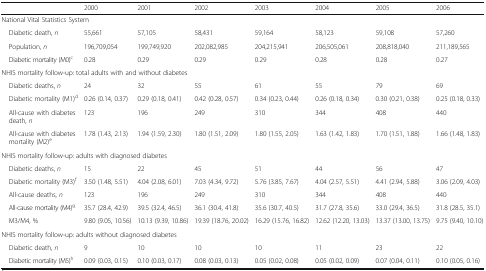
<table><thead><tr><td></td><td><b>2000</b></td><td><b>2001</b></td><td><b>2002</b></td><td><b>2003</b></td><td><b>2004</b></td><td><b>2005</b></td><td><b>2006</b></td></tr></thead><tbody><tr><td colspan="8">National Vital Statistics System</td></tr><tr><td> Diabetic death, <i>n</i></td><td>55,661</td><td>57,105</td><td>58,431</td><td>59,164</td><td>58,123</td><td>59,108</td><td>57,260</td></tr><tr><td> Population, <i>n</i></td><td>196,709,054</td><td>199,749,920</td><td>202,082,985</td><td>204,215,941</td><td>206,505,061</td><td>208,818,040</td><td>211,189,565</td></tr><tr><td> Diabetic mortality (M0)<sup>c</sup></td><td>0.28</td><td>0.29</td><td>0.29</td><td>0.29</td><td>0.28</td><td>0.28</td><td>0.27</td></tr><tr><td colspan="8">NHIS mortality follow-up: total adults with and without diabetes</td></tr><tr><td> Diabetic deaths, <i>n</i></td><td>24</td><td>32</td><td>55</td><td>61</td><td>55</td><td>79</td><td>69</td></tr><tr><td> Diabetic mortality (M1)<sup>d</sup></td><td>0.26 (0.14, 0.37)</td><td>0.29 (0.18, 0.41)</td><td>0.42 (0.28, 0.57)</td><td>0.34 (0.23, 0.44)</td><td>0.26 (0.18, 0.34)</td><td>0.30 (0.21, 0.38)</td><td>0.25 (0.18, 0.33)</td></tr><tr><td> All-cause with diabetes death, <i>n</i></td><td>123</td><td>196</td><td>249</td><td>310</td><td>344</td><td>408</td><td>440</td></tr><tr><td> All-cause with diabetes mortality (M2)<sup>e</sup></td><td>1.78 (1.43, 2.13)</td><td>1.94 (1.59, 2.30)</td><td>1.80 (1.51, 2.09)</td><td>1.80 (1.55, 2.05)</td><td>1.63 (1.42, 1.83)</td><td>1.70 (1.51, 1.88)</td><td>1.66 (1.48, 1.83)</td></tr><tr><td colspan="8">NHIS mortality follow-up: adults with diagnosed diabetes</td></tr><tr><td> Diabetic deaths, <i>n</i></td><td>15</td><td>22</td><td>45</td><td>51</td><td>44</td><td>56</td><td>47</td></tr><tr><td> Diabetic mortality (M3)<sup>f</sup></td><td>3.50 (1.48, 5.51)</td><td>4.04 (2.08, 6.01)</td><td>7.03 (4.34, 9.72)</td><td>5.76 (3.85, 7.67)</td><td>4.04 (2.57, 5.51)</td><td>4.41 (2.94, 5.88)</td><td>3.06 (2.09, 4.03)</td></tr><tr><td> All-cause deaths, <i>n</i></td><td>123</td><td>196</td><td>249</td><td>310</td><td>344</td><td>408</td><td>440</td></tr><tr><td> All-cause mortality (M4)<sup>g</sup></td><td>35.7 (28.4, 42.9)</td><td>39.5 (32.4, 46.5)</td><td>36.1 (30.4, 41.8)</td><td>35.6 (30.7, 40.5)</td><td>31.7 (27.8, 35.6)</td><td>33.0 (29.4, 36.5)</td><td>31.8 (28.5, 35.1)</td></tr><tr><td> M3/M4, %</td><td>9.80 (9.05, 10.56)</td><td>10.13 (9.39, 10.86)</td><td>19.39 (18.76, 20.02)</td><td>16.29 (15.76, 16.82)</td><td>12.62 (12.20, 13.03)</td><td>13.37 (13.00, 13.75)</td><td>9.75 (9.40, 10.10)</td></tr><tr><td colspan="8">NHIS mortality follow-up: adults without diagnosed diabetes</td></tr><tr><td> Diabetic death, <i>n</i></td><td>9</td><td>10</td><td>10</td><td>10</td><td>11</td><td>23</td><td>22</td></tr><tr><td> Diabetic mortality (M5)<sup>h</sup></td><td>0.09 (0.03, 0.15)</td><td>0.10 (0.03, 0.17)</td><td>0.08 (0.03, 0.13)</td><td>0.05 (0.02, 0.08)</td><td>0.05 (0.02, 0.09)</td><td>0.07 (0.04, 0.11)</td><td>0.10 (0.05, 0.16)</td></tr></tbody></table>